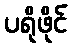
ပရိုဖိုင်